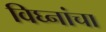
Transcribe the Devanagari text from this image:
विघ्नांचा